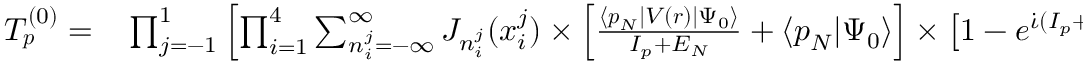
\begin{array} { r l } { T _ { \boldsymbol { p } } ^ { ( 0 ) } = } & { { } \prod _ { \substack { j = - 1 } } ^ { 1 } \left[ \prod _ { \substack { i = 1 } } ^ { 4 } \sum _ { n _ { i } ^ { j } = - \infty } ^ { \infty } J _ { n _ { i } ^ { j } } ( x _ { i } ^ { j } ) \times \left[ \frac { \langle \boldsymbol { p } _ { N } | V ( \boldsymbol { r } ) | \Psi _ { 0 } \rangle } { I _ { p } + E _ { N } } + \langle \boldsymbol { p } _ { N } | \Psi _ { 0 } \rangle \right] \times \left[ 1 - e ^ { \dot { \iota } ( I _ { p } + E _ { N } ) \tau _ { p } } \right] \right] , } \end{array}